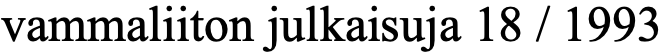
vammaliiton julkaisuja 18 / 1993